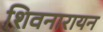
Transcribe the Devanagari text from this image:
शिवनारायन